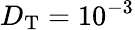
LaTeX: D_{\mathrm{T}}=10^{-3}